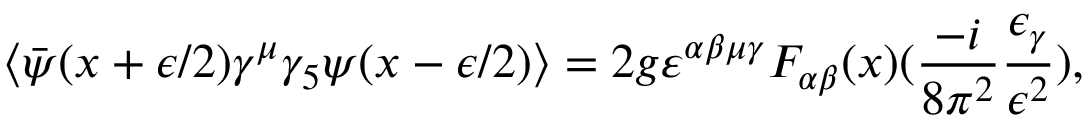
\left\langle \bar { \psi } ( x + \epsilon / 2 ) \gamma ^ { \mu } \gamma _ { 5 } \psi ( x - \epsilon / 2 ) \right\rangle = 2 g \varepsilon ^ { \alpha \beta \mu \gamma } F _ { \alpha \beta } ( x ) ( \frac { - i } { 8 \pi ^ { 2 } } \frac { \epsilon _ { \gamma } } { \epsilon ^ { 2 } } ) ,